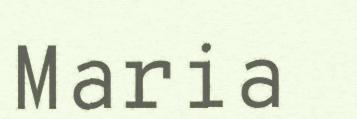
Maria